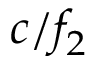
c / f _ { 2 }